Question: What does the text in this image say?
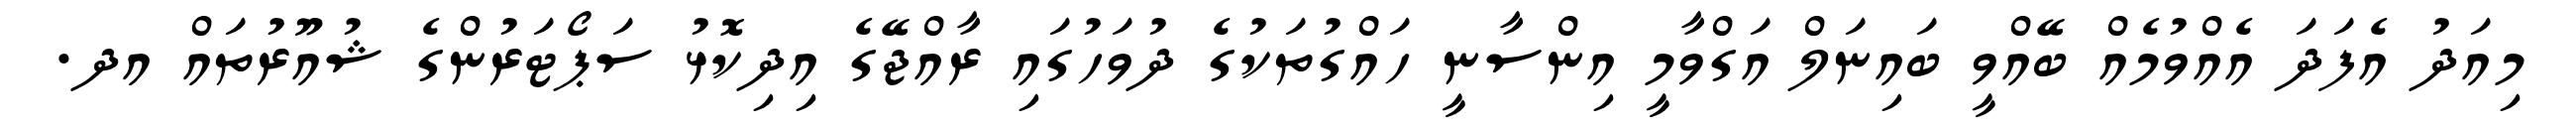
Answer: މިއަދު އެފަދަ އެއްވުމެއް ބޭއްވީ ބައިނަލް އަގްވާމީ އިންސާނީ ހައްގުތަކުގެ ދުވަހުގައި ރާއްޖޭގެ އިދިކޮޅު ސަޕޯޓަރުންގެ ޝުއޫރުތައް އދ.